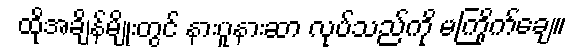
ထိုအချိန်မျိုးတွင် နားပူနားဆာ လုပ်သည်ကို မကြိုက်ချေ။